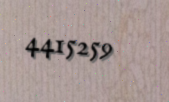
4415259